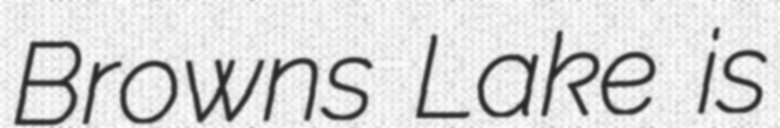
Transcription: Browns Lake is